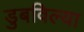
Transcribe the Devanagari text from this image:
डुबविल्या